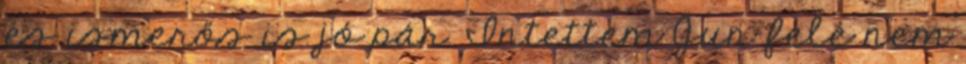
és ismerős is jó pár. Intettem Jun felé nem